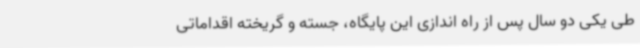
طی یکی دو سال پس از راه اندازی این پایگاه، جسته و گریخته اقداماتی